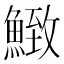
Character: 𩹈